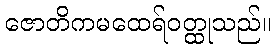
ဇောတိကမထေရ်ဝတ္ထုသည်။